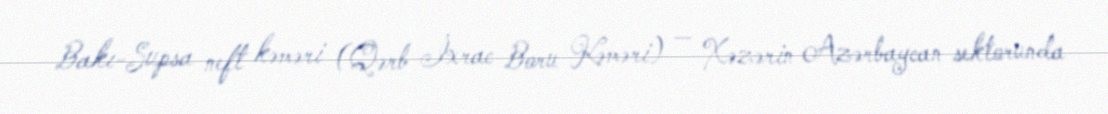
Bakı-Supsa neft kəməri (Qərb İxrac Boru Kəməri) — Xəzərin Azərbaycan sektorunda